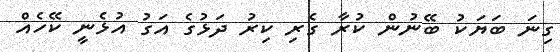
ގިނަ ބަޔަކު ބޭނުން ކުރާ ގެރި ކިރު ދަޅުގެ އަގު އުޅެނީ ކޭހެއް